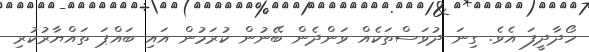
ހޯދާދީފަ އެވެ. ގިނަ ދުވަސްތަކެއް ވަންދެން ބޭނުން ކުރަމުން އައި ބައްޕަ ތައްޔާރުކުރި